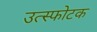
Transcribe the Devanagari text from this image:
उत्स्फोटक